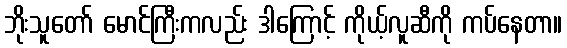
ဘိုးသူတော် မောင်ကြီးကလည်း ဒါကြောင့် ကိုယ့်လူဆီကို ကပ်နေတာ။